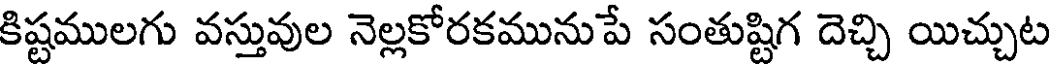
కిష్టములగు వస్తువుల నెల్లకోరకమునుపే సంతుష్టిగ దెచ్చి యిచ్చుట